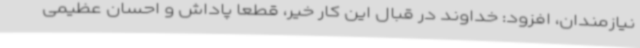
نیازمندان، افزود: خداوند در قبال این کار خیر، قطعا پاداش و احسان عظیمی